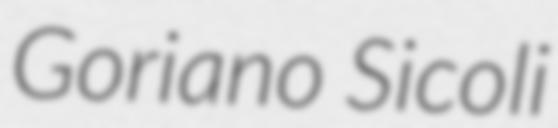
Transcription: Goriano Sicoli